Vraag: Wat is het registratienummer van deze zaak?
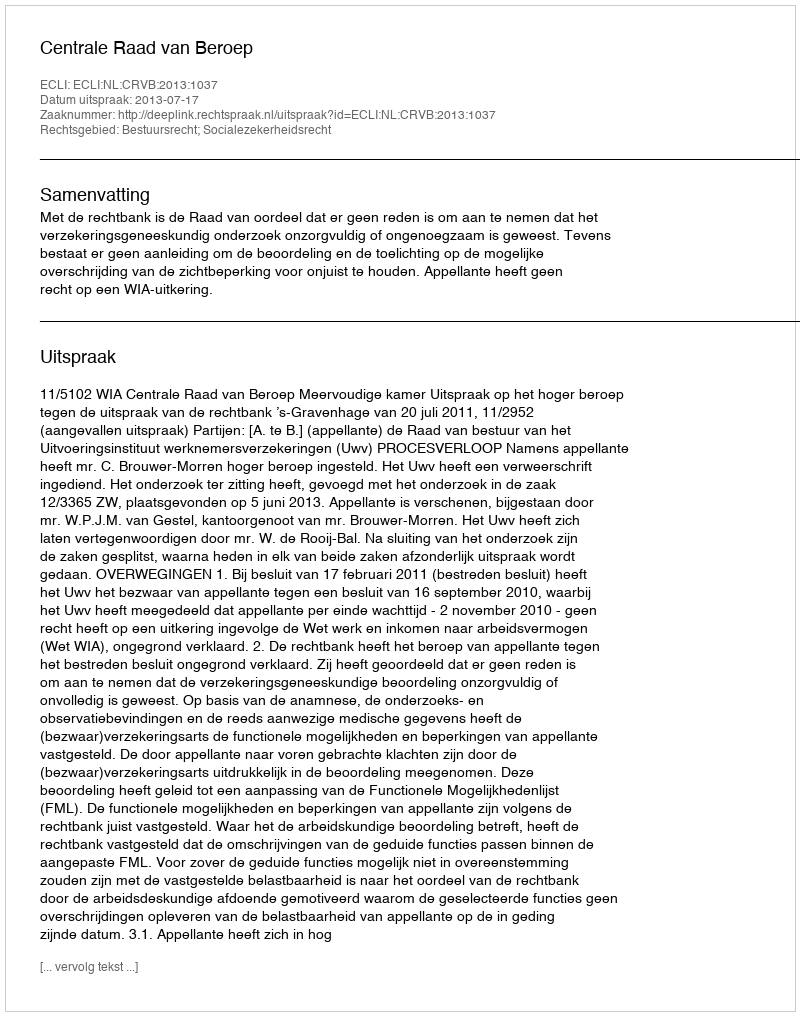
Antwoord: http://deeplink.rechtspraak.nl/uitspraak?id=ECLI:NL:CRVB:2013:1037